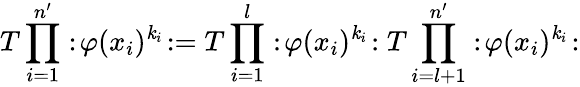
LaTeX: T\prod_{i=1}^{n^{\prime}}:\! \varphi(x_{i})^{\mathit{k}_{i}}\! :=T\prod_{i=1}^{l}:\! \varphi(x_{i})^{\mathit{k}_{i}}\! :T\prod_{i=l+1}^{n^{\prime}}:\! \varphi(x_{i})^{\mathit{k}_{i}}\! :